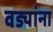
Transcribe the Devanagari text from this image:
वड्यांना